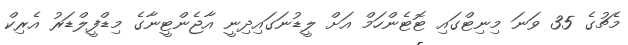
މެޗުގެ 35 ވަނަ މިނިޓްގައި ޓޮޓެންހަމް އަށް ލީޑުނަގައިދިނީ އާޖެންޓީނާގެ މިޑްފީލްޑަރު އެރިކް